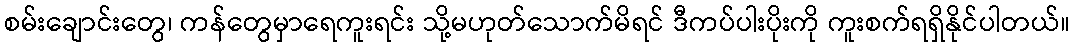
စမ်းချောင်းတွေ၊ ကန်တွေမှာရေကူးရင်း သို့မဟုတ်သောက်မိရင် ဒီကပ်ပါးပိုးကို ကူးစက်ရရှိနိုင်ပါတယ်။